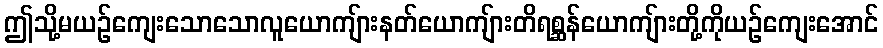
ဤသို့မယဉ်ကျေးသောသောလူယောကျ်ားနတ်ယောကျ်ားတိရစ္ဆန်ယောကျ်ားတို့ကိုယဉ်ကျေးအောင်